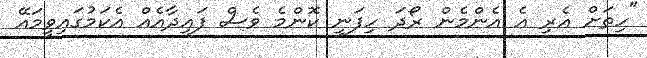
"ހިތަށް އެރި އެ އެންމެން ރޯދަ ހިފަނީ ކޮންމެ ވެސް ފައިދާއެއް އެކަމުގައިވީމައޭ